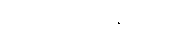
ဒုက္ခရောက်နေသော